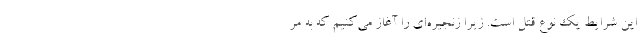
این شرایط یک نوع قتل است. زیرا زنجیره‌ای را آغاز می‌کنیم که به مر